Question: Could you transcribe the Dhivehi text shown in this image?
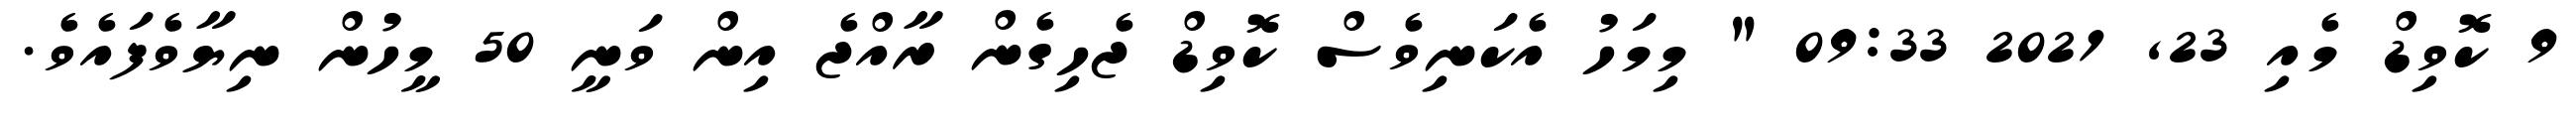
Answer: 9 ކޮވިޑް މެއި 23, 2021 09:33 " މިމަހު އެކަނިވެސް ކޮވިޑް ޖެހިގެން ރާއްޖެ އިން ވަނީ 50 މީހުން ނިޔާވެފައެވެ.